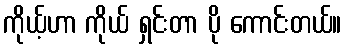
ကိုယ့်ဟာ ကိုယ် ရှင်းတာ ပို ကောင်းတယ်။